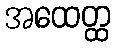
အထေတ္ထ